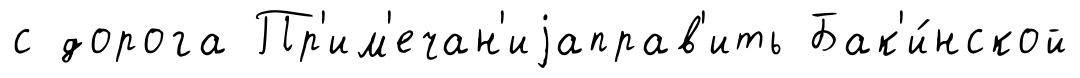
с дорога Пр'им'ечан'иjаправ'ить Бак'и́нской